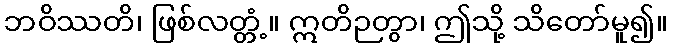
ဘဝိဿတိ၊ ဖြစ်လတ္တံ့။ ဣတိဉတွာ၊ ဤသို့ သိတော်မူ၍။